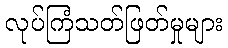
လုပ်ကြံသတ်ဖြတ်မှုများ